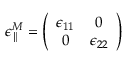
\epsilon _ { \parallel } ^ { M } = \left( \begin{array} { c c } { \epsilon _ { 1 1 } } & { 0 } \\ { 0 } & { \epsilon _ { 2 2 } } \end{array} \right)